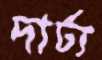
দার্ঢ্য